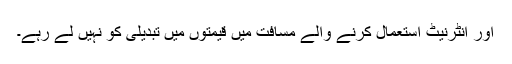
اور انٹرنیٹ استعمال کرنے والے مسافت میں قیمتوں میں تبدیلی کو نہیں لے رہے۔